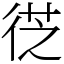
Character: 徔